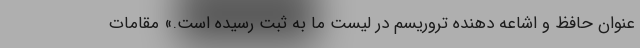
عنوان حافظ و اشاعه دهنده تروریسم در لیست ما به ثبت رسیده است.» مقامات